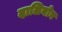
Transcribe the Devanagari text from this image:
दालिनोव